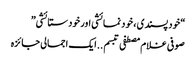
“خود پسندی ، خود نمائشی اور خود ستائشی”
صوفی غلام مصطفی تبسم ..ایک اجمالی جائزہ